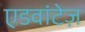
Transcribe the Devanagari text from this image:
एडवांटेज़